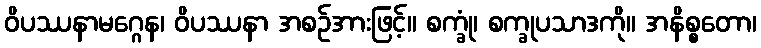
ဝိပဿနာမဂ္ဂေန၊ ဝိပဿနာ အစဉ်အားဖြင့်။ စက္ခုံ၊ စက္ခုပသာဒကို။ အနိစ္စတော၊